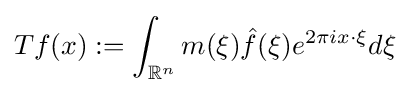
Tf(x):=\int _{\mathbb {R} ^{n}}m(\xi ){\hat {f}}(\xi )e^{2\pi ix\cdot \xi }d\xi